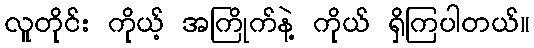
လူတိုင်း ကိုယ့် အကြိုက်နဲ့ ကိုယ် ရှိကြပါတယ်။